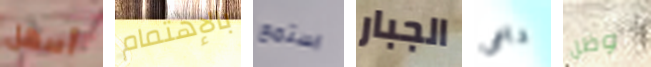
أسهل بالإهتمام استمع الجبار داعى وظل